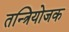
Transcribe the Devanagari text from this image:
तन्त्रियोजक